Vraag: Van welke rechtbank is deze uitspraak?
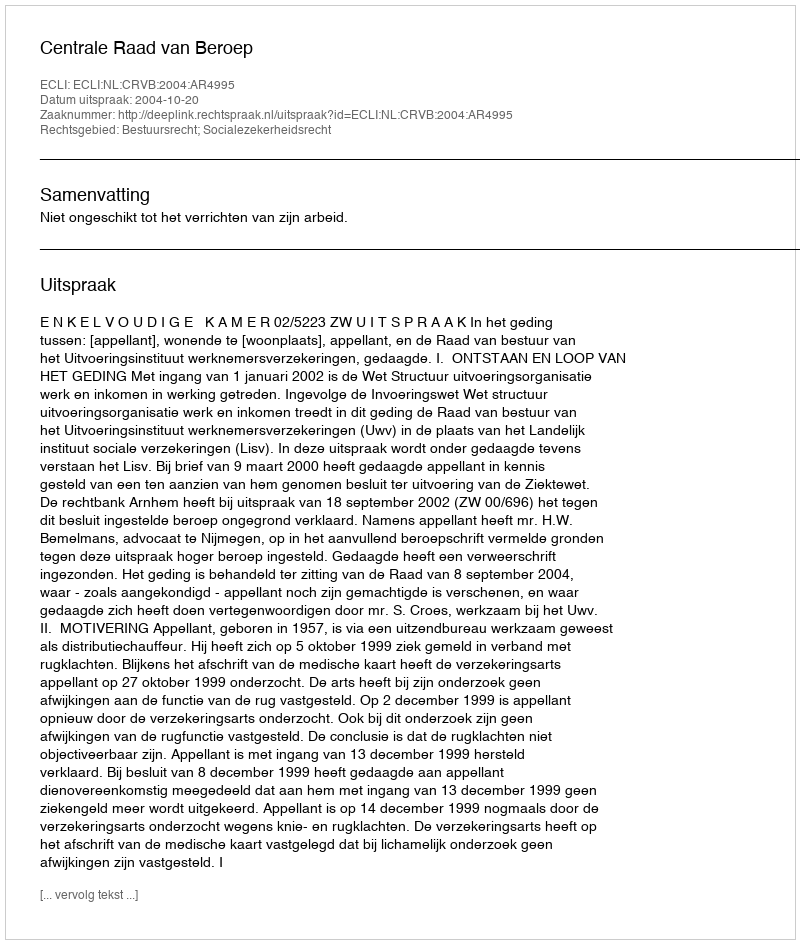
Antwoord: Centrale Raad van Beroep